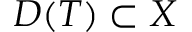
D ( T ) \subset X